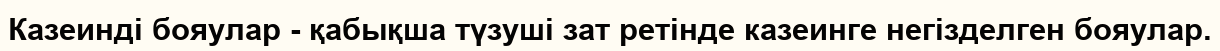
Казеинді бояулар - қабықша түзуші зат ретінде казеинге негізделген бояулар.